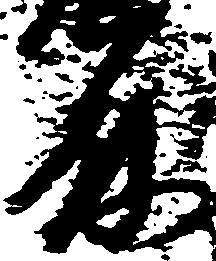
殿